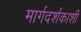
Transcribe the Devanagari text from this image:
मार्गदर्शकाशी